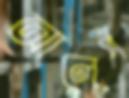
আলেপ